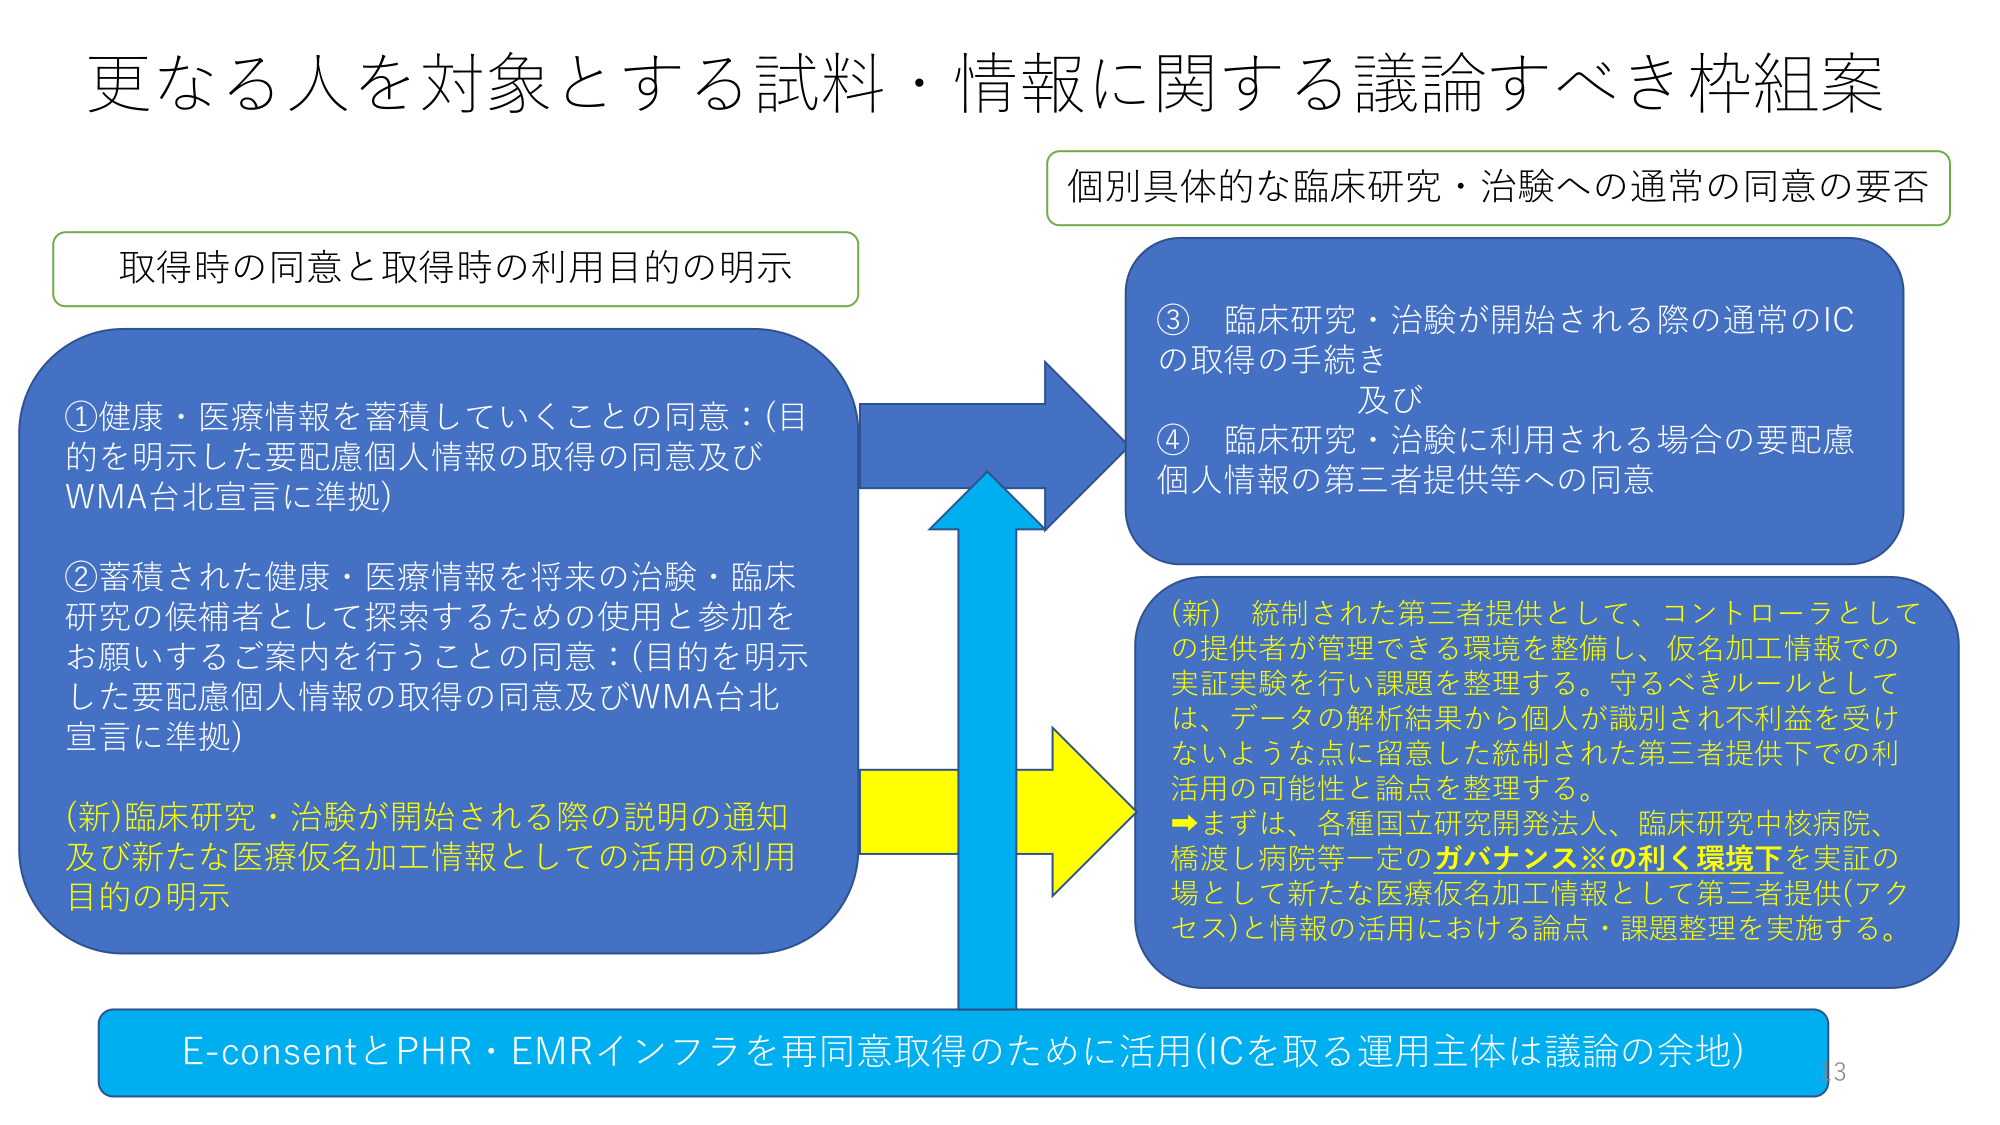
更なる人を対象とする試料・情報に関する議論すべき枠組案

取得時の同意と取得時の利用目的の明示

①健康・医療情報を蓄積していくことの同意：(目的を明示した要配慮個人情報の取得の同意及びWMA台北宣言に準拠)

②蓄積された健康・医療情報を将来の治験・臨床研究の候補者として探索するための使用と参加をお願いするご案内を行うことの同意：(目的を明示した要配慮個人情報の取得の同意及びWMA台北宣言に準拠)

(新)臨床研究・治験が開始される際の説明の通知及び新たな医療仮名加工情報としての活用の利用目的の明示

個別具体的な臨床研究・治験への通常の同意の要否

③ 臨床研究・治験が開始される際の通常のICの取得の手続き及び
④ 臨床研究・治験に利用される場合の要配慮個人情報の第三者提供等への同意

(新) 統制された第三者提供として、コントローラとしての提供者が管理できる環境を整備し、仮名加工情報での実証実験を行い課題を整理する。守るべきルールとしては、データの解析結果から個人が識別され不利益を受けないような点に留意した統制された第三者提供下での利活用の可能性と論点を整理する。
→まずは、各種国立研究開発法人、臨床研究中核病院、橋渡し病院等一定のガバナンス※の利く環境下を実証の場として新たな医療仮名加工情報として第三者提供(アクセス)と情報の活用における論点・課題整理を実施する。

E-consentとPHR・EMRインフラを再同意取得のために活用(ICを取る運用主体は議論の余地)